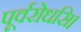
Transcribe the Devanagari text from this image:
पूर्वरोधसि।